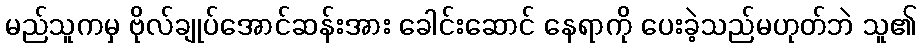
မည်သူကမှ ဗိုလ်ချုပ်အောင်ဆန်းအား ခေါင်းဆောင် နေရာကို ပေးခဲ့သည်မဟုတ်ဘဲ သူ၏